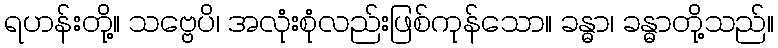
ရဟန်းတို့။ သဗ္ဗေပိ၊ အလုံးစုံလည်းဖြစ်ကုန်သော။ ခန္ဓာ၊ ခန္ဓာတို့သည်။